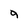
Character: 9